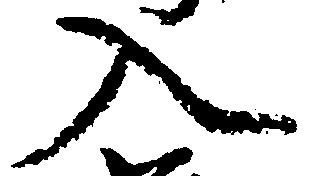
入